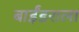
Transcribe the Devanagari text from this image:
बाईंडराला